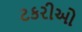
ટકરીઓ